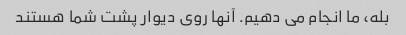
بله، ما انجام می دهیم. آنها روی دیوار پشت شما هستند